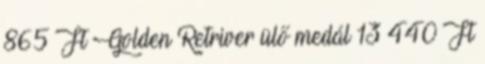
865 Ft Golden Retriver ülő medál 13 440 Ft